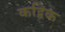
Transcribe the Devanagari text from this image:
कद्विक